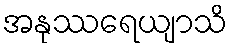
အနုဿရေယျာသိ